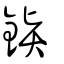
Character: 鑦